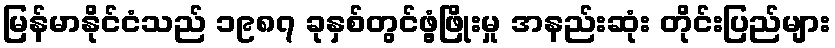
မြန်မာနိုင်ငံသည် ၁၉၈၇ ခုနှစ်တွင်ဖွံ့ဖြိုးမှု အနည်းဆုံး တိုင်းပြည်များ